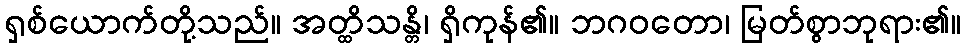
ရှစ်ယောက်တို့သည်။ အတ္ထိသန္တိ၊ ရှိကုန်၏။ ဘဂဝတော၊ မြတ်စွာဘုရား၏။